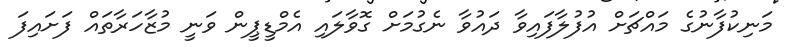
މަނިކުފާނުގެ މައްޗަށް އުފުލާފައިވާ ދައުވާ ނެގުމަށް ގޮވާލައި އެމްޑީޕީން ވަނީ މުޒާހަރާތައް ފަށައިފަ